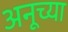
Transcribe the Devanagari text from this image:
अनूच्या